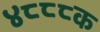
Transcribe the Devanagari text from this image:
४८८८क